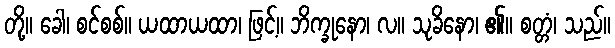
တို့။ ခေါ၊ စင်စစ်။ ယထာယထာ၊ ဖြင့်။ ဘိက္ခုနော၊ လ။ သုခိနော၊ ၏။ စတ္တံ၊ သည်။